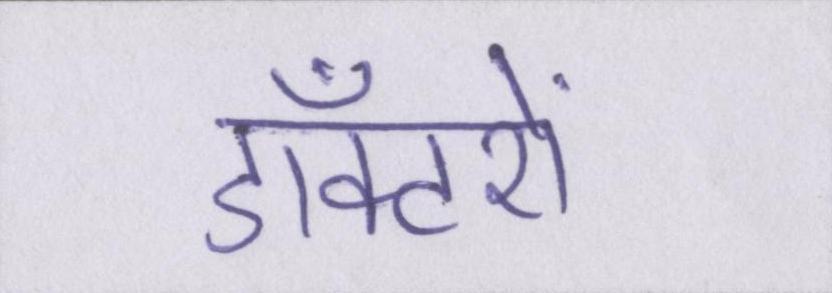
डॉक्टरों